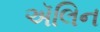
ઍલિન